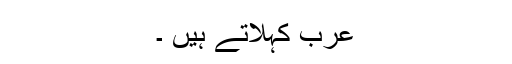
عرب کہلاتے ہیں ۔